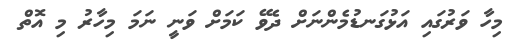
މިހާ ވަރުގައި އަޅުގަނޑުމެންނަށް ދެވޭ ކަމަށް ވަނީ ނަމަ މިހާރު މި އޮތް